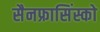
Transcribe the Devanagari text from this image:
सैनफ्रासिंस्को